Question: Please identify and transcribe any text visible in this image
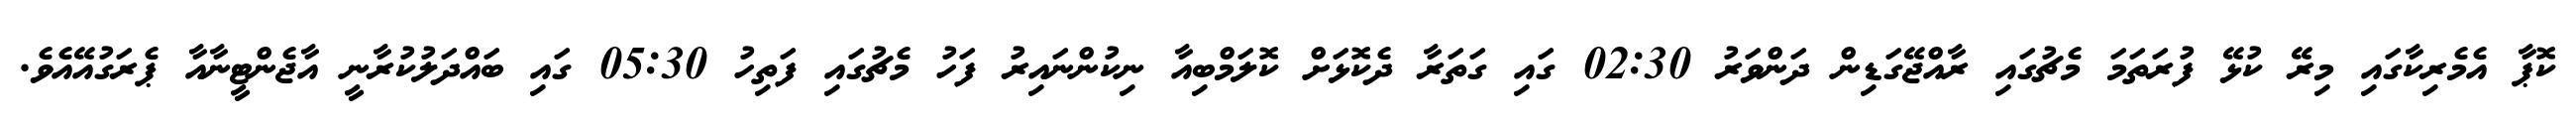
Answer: ކޮޕާ އެމެރިކާގައި މިރޭ ކުޅޭ ފުރަތަމަ މެޗުގައި ރާއްޖޭގަޑިން ދަންވަރު 02:30 ގައި ގަތަރާ ދެކޮޅަށް ކޮލަމްބިއާ ނިކުންނައިރު ފަހު މެޗުގައި ފަތިހު 05:30 ގައި ބައްދަލުކުރާނީ އާޖެންޓީނާއާ ޕެރަގުއޭއެވެ.